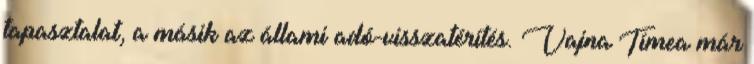
tapasztalat, a másik az állami adó-visszatérítés. Vajna Tímea már